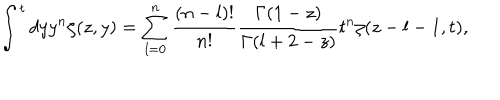
\int ^ { t } d y y ^ { n } \zeta ( z , y ) = \sum _ { l = 0 } ^ { n } \frac { ( n - l ) ! } { n ! } \frac { \Gamma ( 1 - z ) } { \Gamma ( l + 2 - z ) } t ^ { n } \zeta ( z - l - 1 , t ) ,